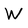
Character: W